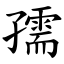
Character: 孺